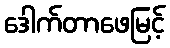
ဒေါက်တာဖေမြင့်